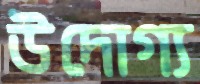
উদোগ্য